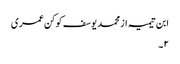
ابن تیمیہ از محمد یوسف کوکن عمری
٢۔